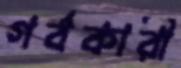
গর্বকারী